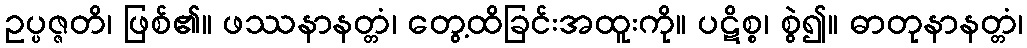
ဥပ္ပဇ္ဇတိ၊ ဖြစ်၏။ ဖဿနာနတ္တံ၊ တွေ့ထိခြင်းအထူးကို။ ပဋိစ္စ၊ စွဲ၍။ ဓာတုနာနတ္တံ၊